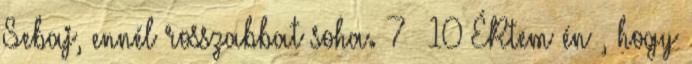
Sebaj, ennél rosszabbat soha. 7 10 ÉRtem én , hogy